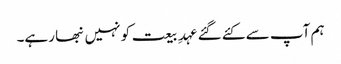
ہم آپ سے کئے گئے عہدِ بیعت کو نہیں نبھا رہے۔